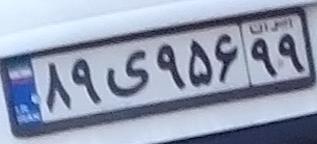
۸۹ی۹۵۶۹۹